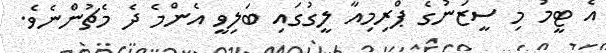
އެ ޓީމު މި ސީޒަނުގެ ޕްރިމިއާ ލީގުގައި ބަލިވީ އެންމެ ދެ މެޗުންނެވެ.